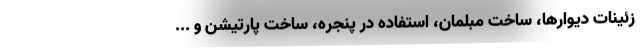
زئینات دیوارها، ساخت مبلمان، استفاده در پنجره، ساخت پارتیشن و ...